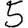
Digit: 5